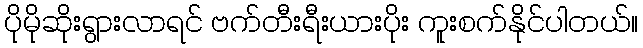
ပိုမိုဆိုးရွားလာရင် ဗက်တီးရီးယားပိုး ကူးစက်နိုင်ပါတယ်။